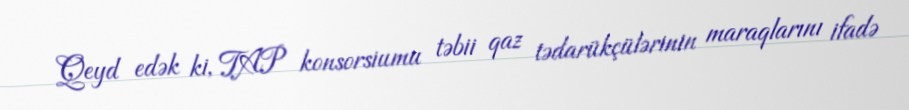
Qeyd edək ki, TAP konsorsiumu təbii qaz tədarükçülərinin maraqlarını ifadə